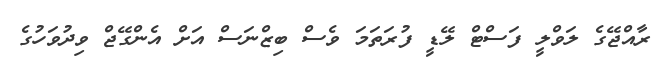
ރާއްޖޭގެ ލަވްލީ ފަސްޓް ލޭޑީ ފުރަތަމަ ވެސް ބިޒްނަސް އަށް އެންގޭޖް ވިދުވަހުގެ